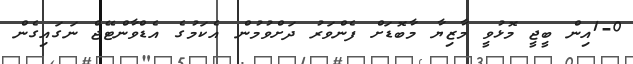
1-0އިން ބީޖީ މޮޅުވީ މާޒިޔާ މާބޮޑަށް ފެންވަރު ދަށްވުމުން އެކަމުގެ އެޑްވާންޓޭޖް ނަގައިގެން